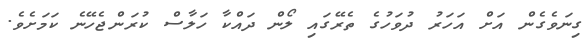
ގިނަވެގެން އަށް އަހަރު ދުވަހުގެ ތެރޭގައި ލޯން ދައްކާ ހަލާސް ކުރަންޖެހޭނެ ކަމަށެވެ.